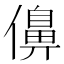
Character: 𠏿